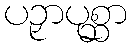
ပဉှာပုစ္ဆာ